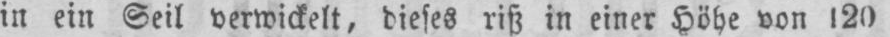
in ein Seil verwickelt, dieses riß in einer Höhe von 120